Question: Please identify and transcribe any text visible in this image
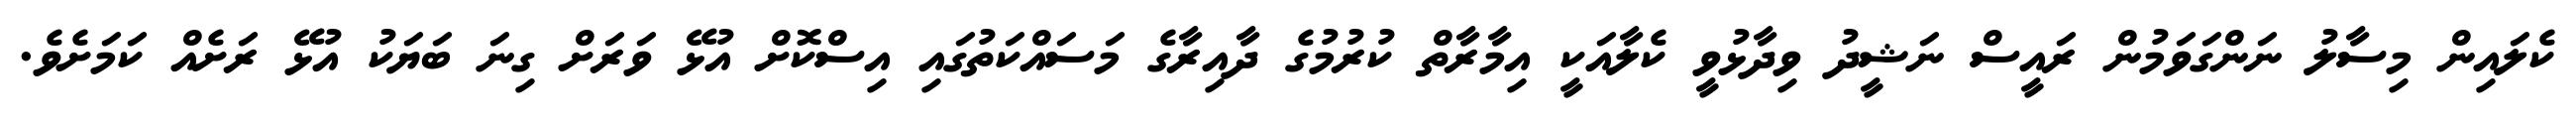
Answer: ކެލައިން މިސާލު ނަންގަވަމުން ރައީސް ނަޝީދު ވިދާޅުވީ ކެލާއަކީ އިމާރާތް ކުރުމުގެ ދާއިރާގެ މަސައްކަތުގައި އިސްކޮށް އުޅޭ ވަރަށް ގިނަ ބަޔަކު އުޅޭ ރަށެއް ކަމަށެވެ.